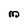
Character: m